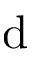
\mathrm { d }